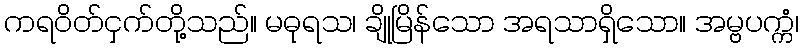
ကရဝိတ်ငှက်တို့သည်။ မဓုရသ၊ ချိုမြိန်သော အရသာရှိသော။ အမ္ဗပက္ကံ၊